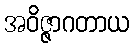
အဝိဇ္ဇာဂတာယ